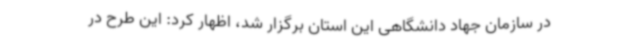
در سازمان جهاد دانشگاهی این استان برگزار شد، اظهار کرد: این طرح در